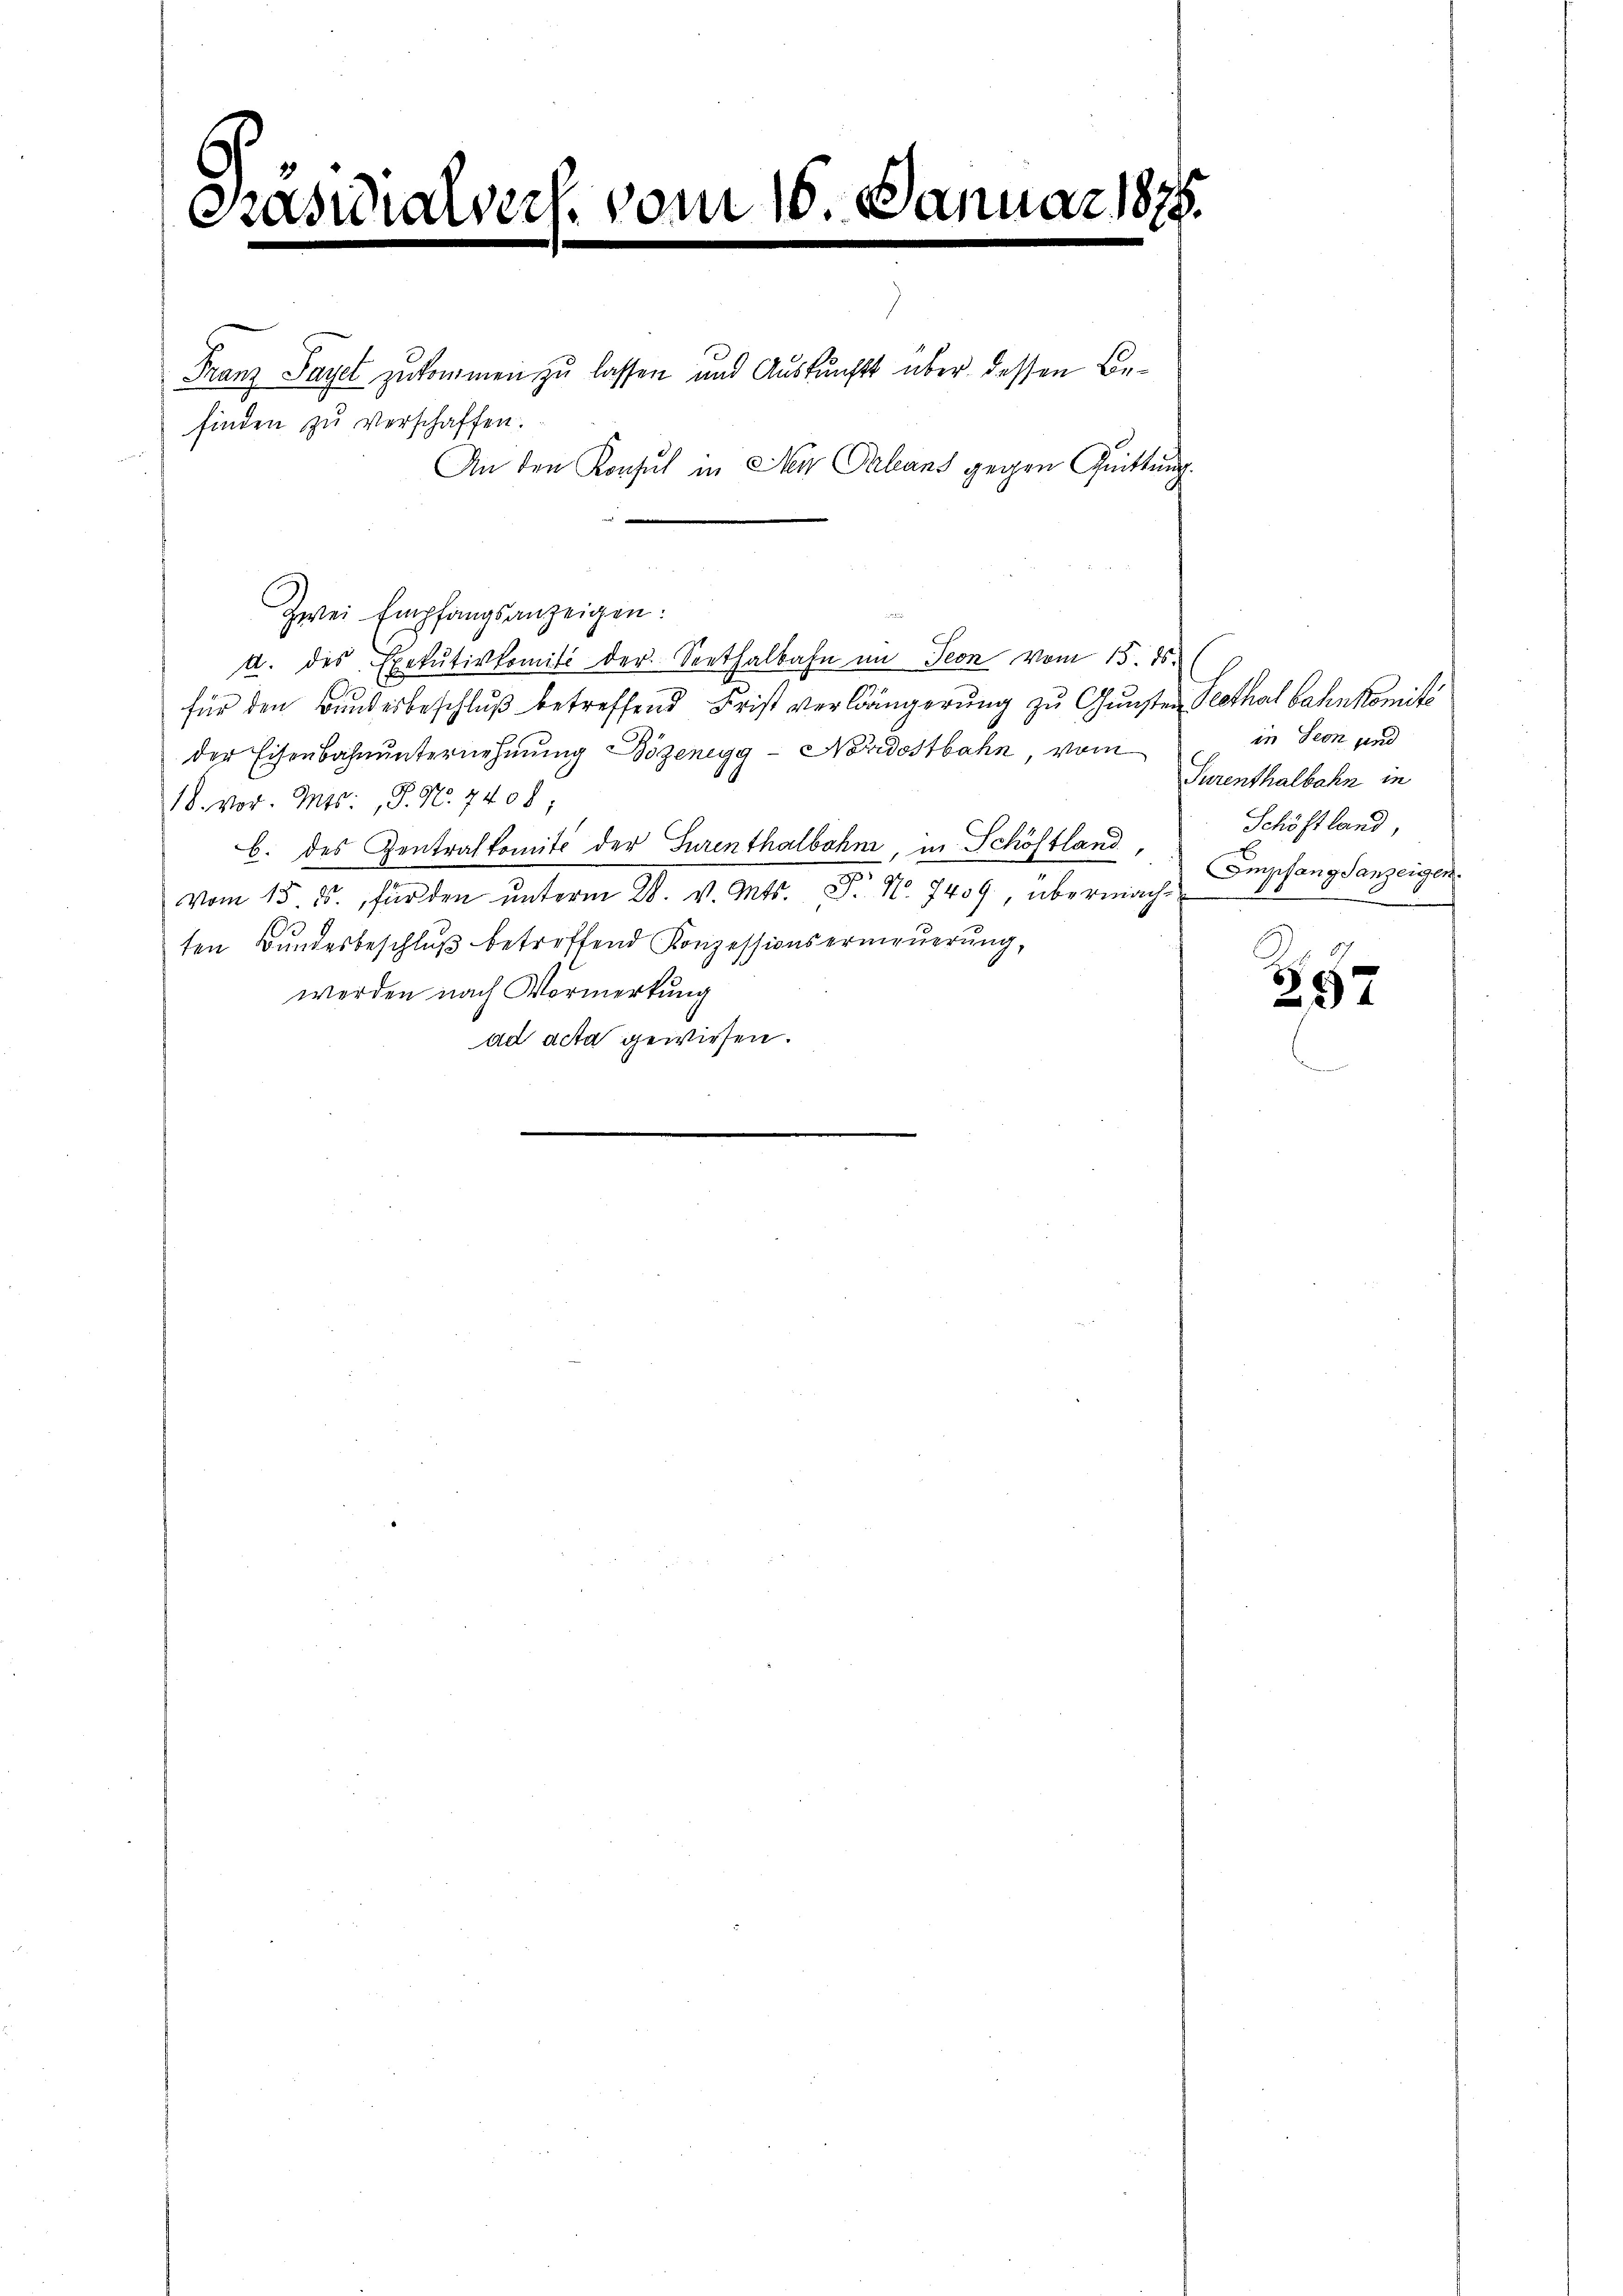
Präsidialvers. vom 10. Januar

Franz Saget zukommen zu lassen und Auskunft über dessen Be¬

finden zu verschaffen.
An den Konsul in Herr Paleans gegen Quittung.

Zwei Empfangsanzeigen:
a. des Exekutivkomit der Seethalbahn im Teon vom 15. ds.
für den Bundesbeschluß betreffend Frist verlängerung zu Gunsten Peethal bahnkomité
der Eisenbahnunternehmung Bözenegg - Nordostbahn vom
18. vor. Mts: P. Nr. 740 f
b. des Zentralkomit der Surenthalbohne, in Schöstland,
vom 15. ds. für den unterm 28. v. Mts. P. Nr. 7439, übermacht
ten Bundesbeschluß betreffend Konzessionsermauerung,
werden nach Vormerkung
ad acta gewiesen.
.

in Seon und
Surenthalbahn in
Schöft land
Empfangsanzeigen.

357